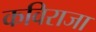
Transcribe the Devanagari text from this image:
कविराजा